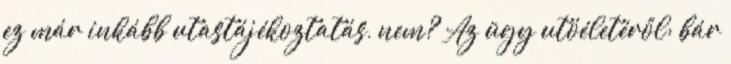
ez már inkább utastájékoztatás, nem? Az ügy utóéletéről: bár